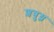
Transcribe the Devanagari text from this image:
शत्रुध्न